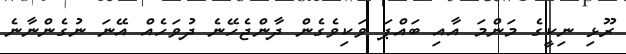
ރޫޅި ނިކީގެ މަންމަ އާއި ބައްޕަ ވަކިވެގެން ދާންޖެހޭނެ ދުވަހެއް އޭނަ ނުގެންނާނެ